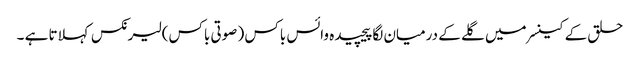
حلق کے کینسر میں گلے کے درمیان لگا پیچیدہ وائس باکس ( صوتی باکس) لیرنکس کہلاتا ہے ۔